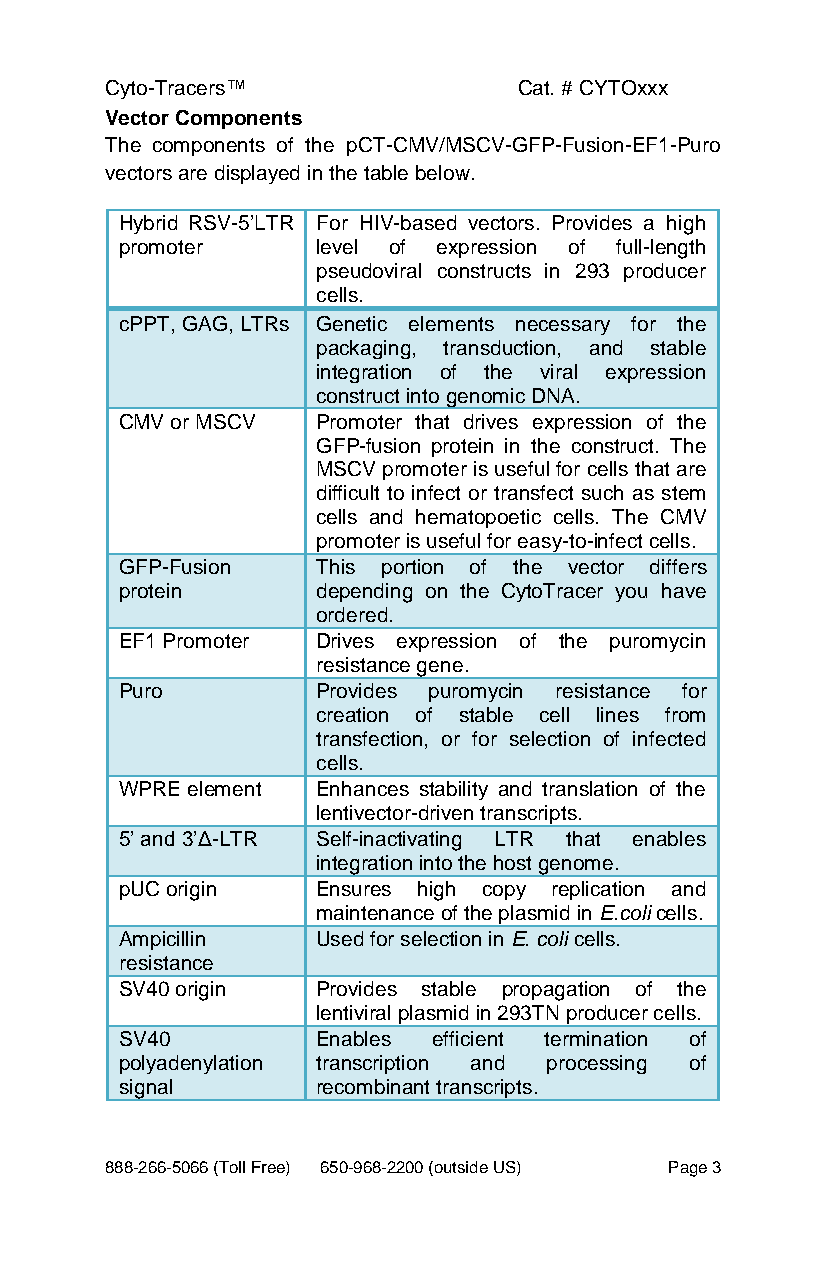
Cyto-Tracers™              Cat. # CYTOxxx
 Vector Components
 The components of the pCT-CMV/MSCV-GFP-Fusion-EF1-Puro
 vectors are displayed in the table below.
 Hybrid RSV-5’LTR For HIV-based vectors. Provides a high
 promoter     level of expression of full-length
 pseudoviral constructs in 293 producer
 cells.
 cPPT, GAG, LTRs Genetic elements necessary for the
 packaging, transduction, and stable
 integration of the viral expression
 construct into genomic DNA.
 CMV or MSCV  Promoter that drives expression of the
 GFP-fusion protein in the construct. The
 MSCV promoter is useful for cells that are
 difficult to infect or transfect such as stem
 cells and hematopoetic cells. The CMV
 promoter is useful for easy-to-infect cells.
 GFP-Fusion   This portion of the vector differs
 protein      depending on the CytoTracer you have
 ordered.
 EF1 Promoter Drives expression of the puromycin
 resistance gene.
 Puro         Provides puromycin resistance for
 creation of stable cell lines from
 transfection, or for selection of infected
 cells.
 WPRE element Enhances stability and translation of the
 lentivector-driven transcripts.
 5’ and 3’Δ-LTR Self-inactivating LTR that enables
 integration into the host genome.
 pUC origin   Ensures high copy replication and
 maintenance of the plasmid in E.coli cells.
 Ampicillin   Used for selection in E. coli cells.
 resistance
 SV40 origin  Provides stable propagation of the
 lentiviral plasmid in 293TN producer cells.
 SV40         Enables efficient termination of
 polyadenylation transcription and processing of
 signal       recombinant transcripts.
 888-266-5066 (Toll Free) 650-968-2200 (outside US) Page 3